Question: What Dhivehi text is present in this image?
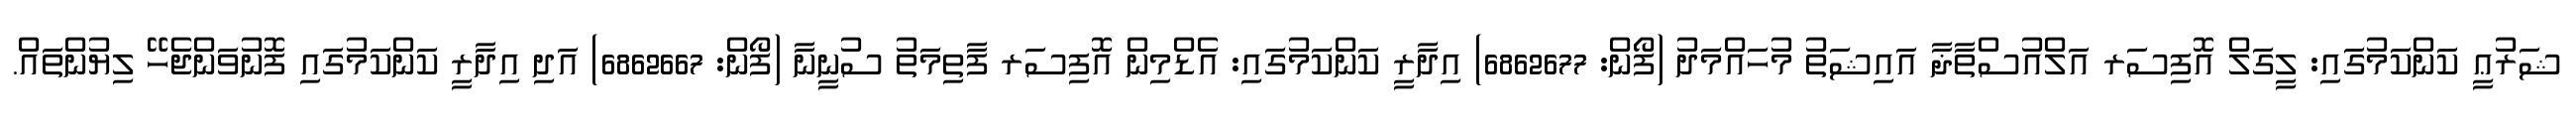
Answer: ޝަރުޢީ ކަންކަމުގައި: ލީގަލް އޮފިސަރ އަލްއުސްތާޛާ އައިޝަތު މުހައްމަދު (ފޯން: 6862677) އިދާރީ ކަންކަމުގައި: އެޑްމިން އޮފިސަރ ފާތިމަތު ސުނީނާ (ފޯން: 6862667) އަދި އިދާރީ ކަންކަމުގައި ފޮނުވަންޖެހޭ ލިޔުންތައް.